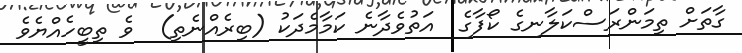
ގާތަށް ތިމަންރަސްކަލާނގެ ކޯފާގެ  އަތުވެދާނެ ކަމާމެދަކު (ބިރެއްނެތި)  ވެ ތިބީހެއްޔެވެ